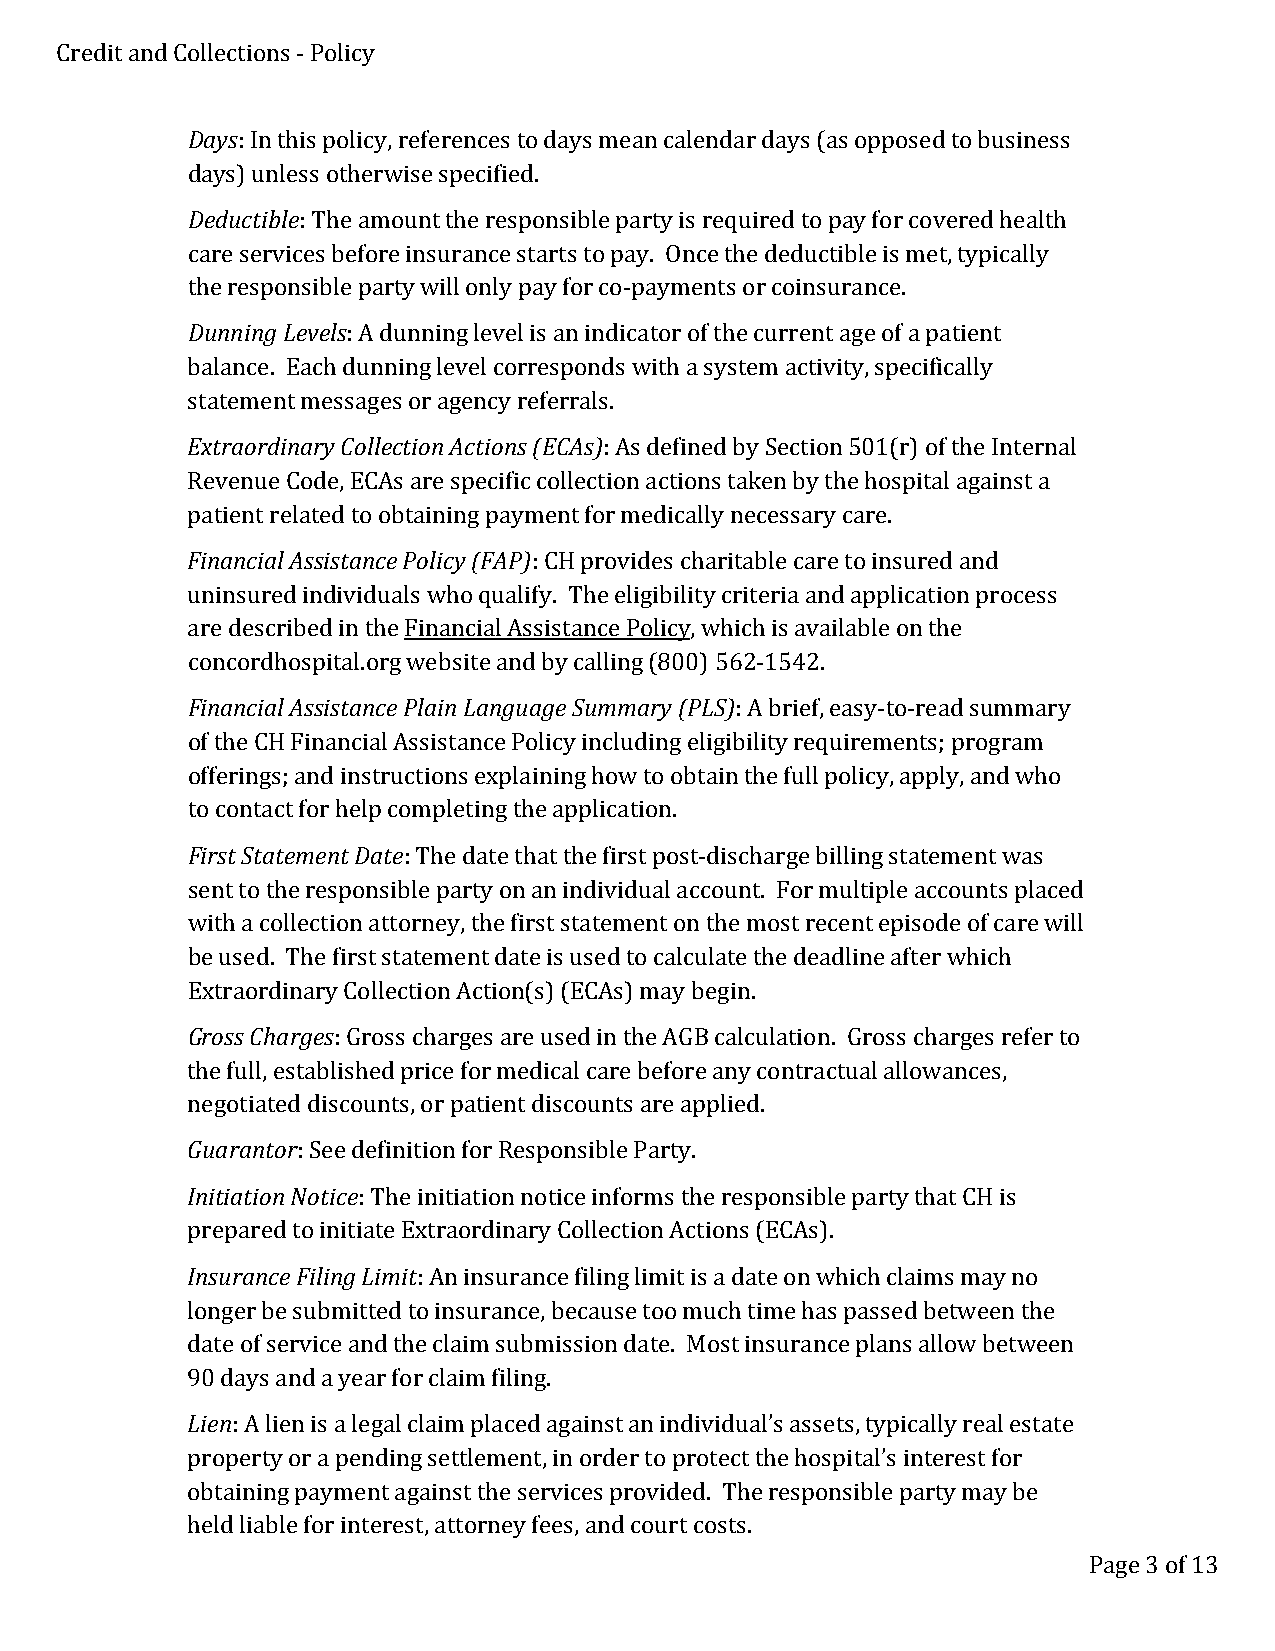
Credit and Collections - Policy
 Days: In this policy, references to days mean calendar days (as opposed to business
 days) unless otherwise specified.
 Deductible: The amount the responsible party is required to pay for covered health
 care services before insurance starts to pay. Once the deductible is met, typically
 the responsible party will only pay for co-payments or coinsurance.
 Dunning Levels: A dunning level is an indicator of the current age of a patient
 balance. Each dunning level corresponds with a system activity, specifically
 statement messages or agency referrals.
 Extraordinary Collection Actions (ECAs): As defined by Section 501(r) of the Internal
 Revenue Code, ECAs are specific collection actions taken by the hospital against a
 patient related to obtaining payment for medically necessary care.
 Financial Assistance Policy (FAP): CH provides charitable care to insured and
 uninsured individuals who qualify. The eligibility criteria and application process
 are described in the Financial Assistance Policy, which is available on the
 concordhospital.org website and by calling (800) 562-1542.
 Financial Assistance Plain Language Summary (PLS): A brief, easy-to-read summary
 of the CH Financial Assistance Policy including eligibility requirements; program
 offerings; and instructions explaining how to obtain the full policy, apply, and who
 to contact for help completing the application.
 First Statement Date: The date that the first post-discharge billing statement was
 sent to the responsible party on an individual account. For multiple accounts placed
 with a collection attorney, the first statement on the most recent episode of care will
 be used. The first statement date is used to calculate the deadline after which
 Extraordinary Collection Action(s) (ECAs) may begin.
 Gross Charges: Gross charges are used in the AGB calculation. Gross charges refer to
 the full, established price for medical care before any contractual allowances,
 negotiated discounts, or patient discounts are applied.
 Guarantor: See definition for Responsible Party.
 Initiation Notice: The initiation notice informs the responsible party that CH is
 prepared to initiate Extraordinary Collection Actions (ECAs).
 Insurance Filing Limit: An insurance filing limit is a date on which claims may no
 longer be submitted to insurance, because too much time has passed between the
 date of service and the claim submission date. Most insurance plans allow between
 90 days and a year for claim filing.
 Lien: A lien is a legal claim placed against an individual’s assets, typically real estate
 property or a pending settlement, in order to protect the hospital’s interest for
 obtaining payment against the services provided. The responsible party may be
 held liable for interest, attorney fees, and court costs.
 Page 3 of 13